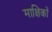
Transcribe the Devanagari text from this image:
माक्षिकों